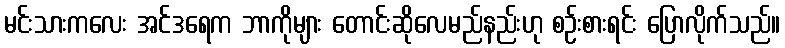
မင်းသားကလေး အင်ဒရေက ဘာကိုများ တောင်းဆိုလေမည်နည်းဟု စဉ်းစားရင်း ပြောလိုက်သည်။